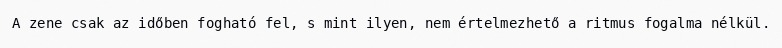
A zene csak az időben fogható fel, s mint ilyen, nem értelmezhető a ritmus fogalma nélkül.